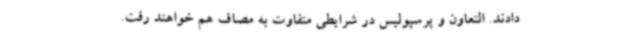
دادند. التعاون و پرسپولیس در شرایطی متفاوت به مصاف هم خواهند رفت.